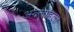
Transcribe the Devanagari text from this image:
अल्लाहला